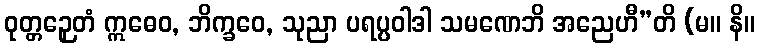
ဝုတ္တဉှေတံ ဣဓေဝ, ဘိက္ခဝေ, သုညာ ပရပ္ပဝါဒါ သမဏေဘိ အညေဟီ”တိ (မ။ နိ။